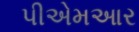
પીએમઆર